Scottish Leaving Certificate Examination, 1958
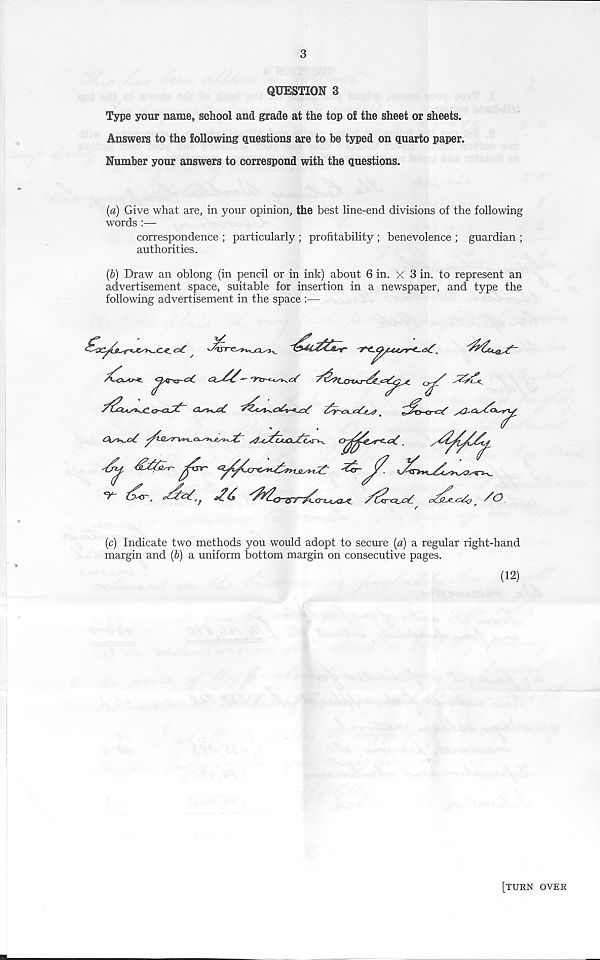
3
QUESTION 3
Type your name, school and grade at the top of the sheet or sheets.
Answers to the following questions are to he typed on quarto paper.
Number your answers to correspond with the questions.
(a) Give what are, in your opinion, the best line-end divisions of the following
words :—
correspondence ; particularly ; profitability ; benevolence ; guardian ;
authorities.
(b) Draw an oblong (in pencil or in ink) about 6 in. x 3 in. to represent an
advertisement space, suitable for insertion in a newspaper, and type the
following advertisement in the space :—
(c) Indicate two methods you would adopt to secure (a) a regular right-hand
margin and (b) a uniform bottom margin on consecutive pages.
(12)
[turn over